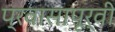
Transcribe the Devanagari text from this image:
प्रवासापूर्वी